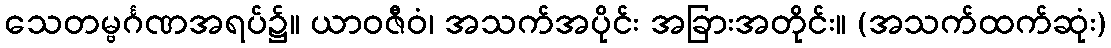
သေတမ္ဗင်္ဂဏအရပ်၌။ ယာဝဇီဝံ၊ အသက်အပိုင်း အခြားအတိုင်း။ (အသက်ထက်ဆုံး)